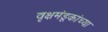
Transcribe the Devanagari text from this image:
वृक्षमंडूकांच्या